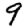
Digit: 9